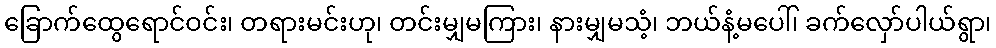
ခြောက်ထွေရောင်ဝင်း၊ တရားမင်းဟု၊ တင်းမျှမကြား၊ နားမျှမသံ့၊ ဘယ်နံ့မပေါ်၊ ခက်လှော်ပါယ်ရွာ၊